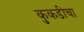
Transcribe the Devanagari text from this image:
कुकडीचा